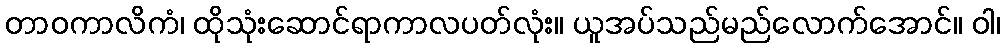
တာဝကာလိကံ၊ ထိုသုံးဆောင်ရာကာလပတ်လုံး။ ယူအပ်သည်မည်လောက်အောင်။ ဝါ၊